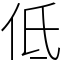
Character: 低